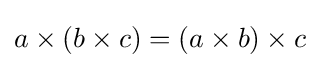
a\times (b\times c)=(a\times b)\times c